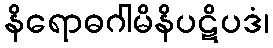
နိရောဓဂါမိနိပဋိပဒံ၊